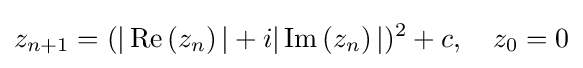
z_{n+1}=(|\operatorname {Re} \left(z_{n}\right)|+i|\operatorname {Im} \left(z_{n}\right)|)^{2}+c,\quad z_{0}=0